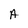
Character: A